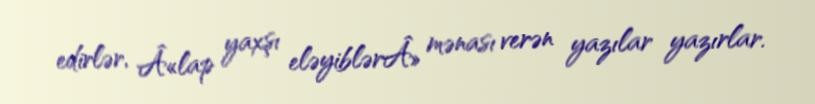
edirlər, Â«lap yaxşı eləyiblərÂ» mənası verən yazılar yazırlar.